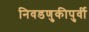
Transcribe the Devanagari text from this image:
निवडणुकीपुर्वी